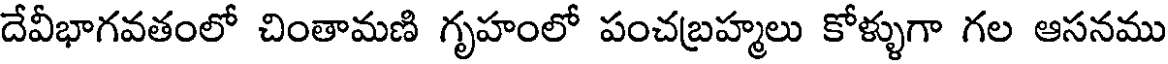
దేవీభాగవతంలో చింతామణి గృహంలో పంచబ్రహ్మలు కోళ్ళుగా గల ఆసనము